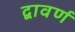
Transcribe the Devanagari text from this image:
द्वावर्ण